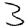
Digit: 3